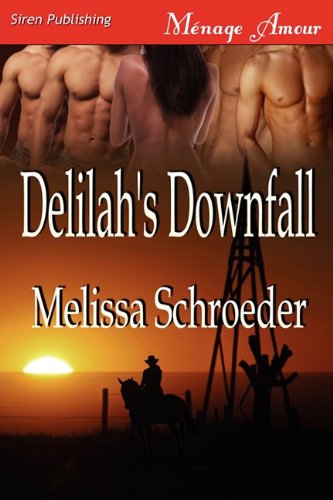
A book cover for Delilah's Downfall [Texas Temptations 2] (Siren Publishing Menage Amour); Melissa Schroeder; Romance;